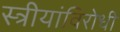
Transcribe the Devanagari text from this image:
स्त्रीयांविरोधी